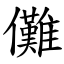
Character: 儺